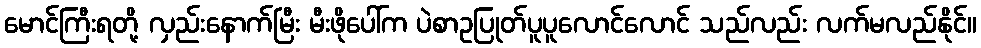
မောင်ကြီးရတို့ လှည်းနောက်မြီး မီးဖိုပေါ်က ပဲစာဥပြုတ်ပူပူလောင်လောင် သည်လည်း လက်မလည်နိုင်။